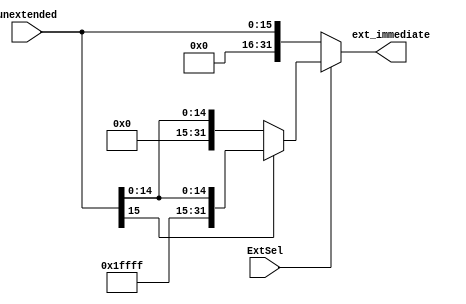
module Mux_signExtend(
    input ExtSel,
    input [15:0] unextended,
    output reg [31:0] ext_immediate
    );
    
    always@ (*) begin
        if( ExtSel == 0 ) 
            ext_immediate = {4'h0000, unextended};
        
        else begin
            if( unextended[15] == 0 )// positive number
                ext_immediate = {16'b0000000000000000, unextended[15:0]};
            else // negative number
                ext_immediate = {16'b1111111111111111, unextended[15:0]};
        end
    end
endmodule